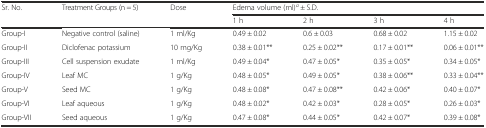
<table><thead><tr><td rowspan="2"><b>Sr. No.</b></td><td rowspan="2"><b>Treatment Groups (n = 5)</b></td><td rowspan="2"><b>Dose</b></td><td colspan="4"><b>Edema volume (ml)<sup><i>a</i></sup> ± S.D.</b></td></tr><tr><td><b>1 h</b></td><td><b>2 h</b></td><td><b>3 h</b></td><td><b>4 h</b></td></tr></thead><tbody><tr><td>Group-I</td><td>Negative control (saline)</td><td>1 ml/Kg</td><td>0.49 ± 0.02</td><td>0.6 ± 0.03</td><td>0.68 ± 0.02</td><td>1.15 ± 0.02</td></tr><tr><td>Group-II</td><td>Diclofenac potassium</td><td>10 mg/Kg</td><td>0.38 ± 0.01**</td><td>0.25 ± 0.02**</td><td>0.17 ± 0.01**</td><td>0.06 ± 0.01**</td></tr><tr><td>Group-III</td><td>Cell suspension exudate</td><td>1 ml/Kg</td><td>0.49 ± 0.04*</td><td>0.47 ± 0.05*</td><td>0.35 ± 0.05*</td><td>0.34 ± 0.05*</td></tr><tr><td>Group-IV</td><td>Leaf MC</td><td>1 g/Kg</td><td>0.48 ± 0.05*</td><td>0.49 ± 0.05*</td><td>0.38 ± 0.06**</td><td>0.33 ± 0.04**</td></tr><tr><td>Group-V</td><td>Seed MC</td><td>1 g/Kg</td><td>0.48 ± 0.08*</td><td>0.47 ± 0.08**</td><td>0.42 ± 0.06*</td><td>0.40 ± 0.07*</td></tr><tr><td>Group-VI</td><td>Leaf aqueous</td><td>1 g/Kg</td><td>0.48 ± 0.02*</td><td>0.42 ± 0.03*</td><td>0.28 ± 0.05*</td><td>0.26 ± 0.03*</td></tr><tr><td>Group-VII</td><td>Seed aqueous</td><td>1 g/Kg</td><td>0.47 ± 0.08*</td><td>0.44 ± 0.05*</td><td>0.42 ± 0.07*</td><td>0.39 ± 0.08*</td></tr></tbody></table>